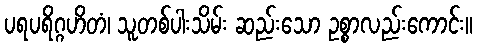
ပရပရိဂ္ဂဟိတံ၊ သူတစ်ပါးသိမ်း ဆည်းသော ဥစ္စာလည်းကောင်း။